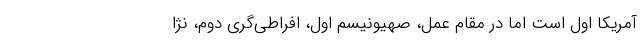
آمریکا اول است اما در مقام عمل، صهیونیسم اول، افراطی‌گری دوم، نژا